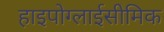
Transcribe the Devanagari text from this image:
हाइपोग्लाईसीमिक